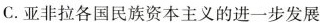
C.亚非拉各国民族资本主义的进一步发展